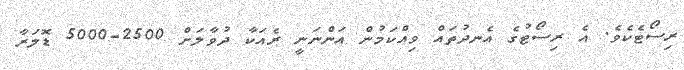
ރިސޯޓެކެވެ. އެ ރިސޯޓުގެ އެނދުތައް ވިއްކަމުން އަންނަނީ ރެއަކާ ދުވާލަށް 2500-5000 ޑޮލަރާ